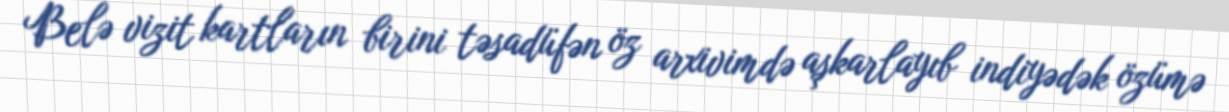
Belə vizit kartların birini təsadüfən öz arxivimdə aşkarlayıb indiyədək özümə